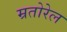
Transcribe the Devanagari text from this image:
म्रतोरेल